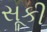
સૂકી